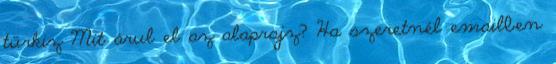
türkiz Mit árul el az alaprajz? Ha szeretnél emailben